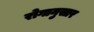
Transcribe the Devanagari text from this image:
रोगानुसार